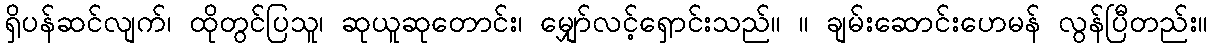
ရှိပန်ဆင်လျက်၊ ထိုတွင်ပြသူ၊ ဆုယူဆုတောင်း၊ မျှော်လင့်ရှောင်းသည်။ ။ ချမ်းဆောင်းဟေမန် လွန်ပြီတည်း။